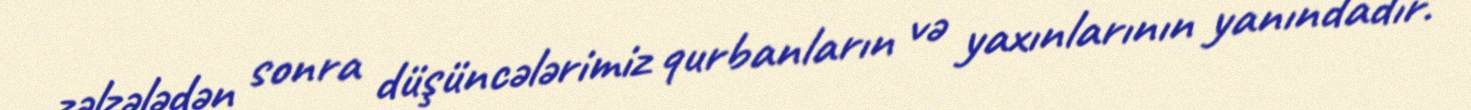
zəlzələdən sonra düşüncələrimiz qurbanların və yaxınlarının yanındadır.